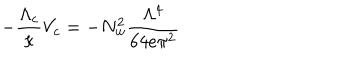
LaTeX: - \frac { \Lambda _ { c } } { \kappa } V _ { c } = - N _ { w } ^ { 2 } \frac { \Lambda ^ { 4 } } { 6 4 e \pi ^ { 2 } }